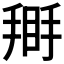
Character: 𢰿